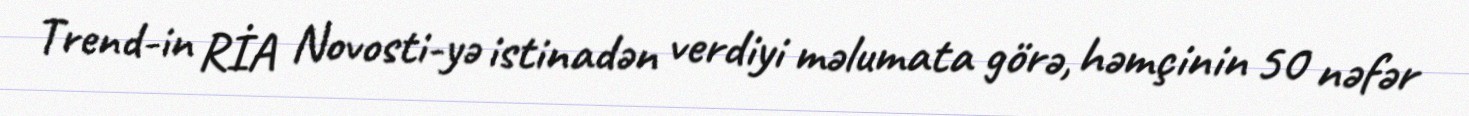
Trend-in RİA Novosti-yə istinadən verdiyi məlumata görə, həmçinin 50 nəfər